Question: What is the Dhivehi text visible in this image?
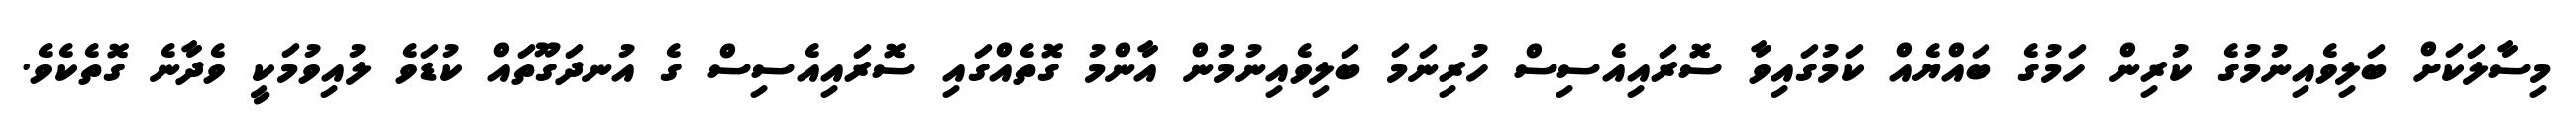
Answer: މިސާލަކަށް ބަލިވެއިނުމުގެ ކުރިން ހަމުގެ ބައްޔެއް ކަމުގައިވާ ސޮރައިއެސިސް ހުރިނަމަ ބަލިވެއިނުމުން އާންމު ގޮތެއްގައި ސޮރައިއެސިސް ގެ އުނދަގޫތައް ކުޑަވެ ލުއިވުމަކީ ވެދާނެ ގޮތެކެވެ.